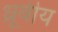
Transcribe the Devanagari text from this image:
ध्रूवीय